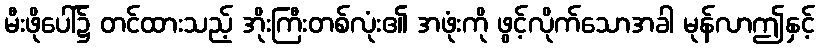
မီးဖိုပေါ်၌ တင်ထားသည့် အိုးကြီးတစ်လုံး၏ အဖုံးကို ဖွင့်လိုက်သောအခါ မုန်လာဤနှင့်